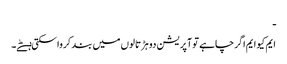
ـ
ایم کیو ایم اگر چاہے تو آپریشن دو ہڑتالوں میں بند کرواسکتی ہےؕ۔